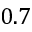
0 . 7